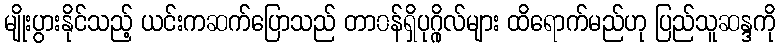
မျိုးပွားနိုင်သည့် ယင်းကဆက်ပြောသည် တာ၀န်ရှိပုဂ္ဂိုလ်များ ထိရောက်မည်ဟု ပြည်သူဆန္ဒကို